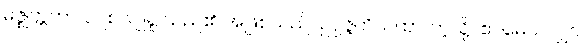
မဇ္ဈတ္တတာ၊ လျစ်လျူရှု သည်၏ အဖြစ်သည်။ ဥပ္ပဇ္ဇတိယထာ၊ ကဲ့သို့။ ဧဝမေဝ၊ လျှင်။